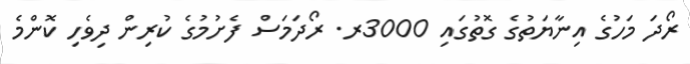
ރޯދަ މަހުގެ އިނާޔަތުގެ ގޮތުގައި 3000ރ. ރޯދަމަސް ފެށުމުގެ ކުރިން ދިވެހި ކޮންމެ